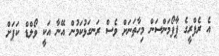
އެ ރެފްރީގެ ޕާފޯމަންސަން މިހާތަނަށް ވެސް ރަނގަޅުކަމުން އޭނާ އަކީ ވޯލްޑް ކަޕަށް